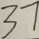
3 7